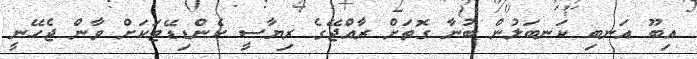
އިބޫ އަނބި ކަނބަލުން ބުނާ ގޮތަށް ރާއްޖޭގެ ރިޔާސީ ކެންޑިޑޭޓަކަށް ވާން ޖެހޭނީ